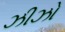
ઝીઝો